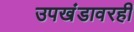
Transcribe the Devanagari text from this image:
उपखंडावरही